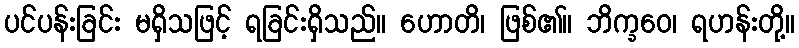
ပင်ပန်းခြင်း မရှိသဖြင့် ရခြင်းရှိသည်။ ဟောတိ၊ ဖြစ်၏။ ဘိက္ခဝေ၊ ရဟန်းတို့။